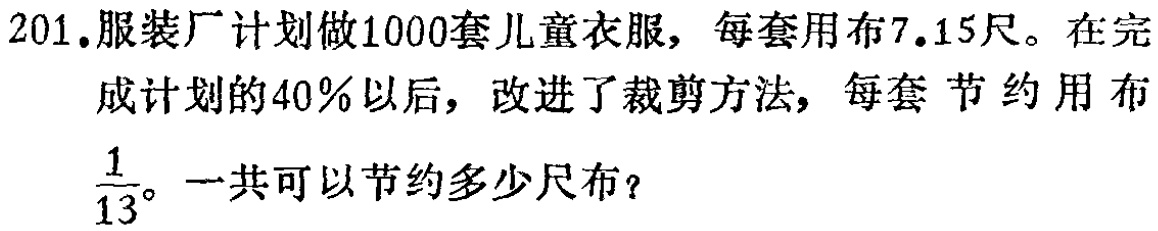
201.服装厂计划做1000套儿童衣服，每套用布7.15尺。在完成计划的40％以后，改进了裁剪方法，每套节约用布$\frac{1}{13}$。一共可以节约多少尺布？